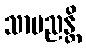
သာမညန္တိ